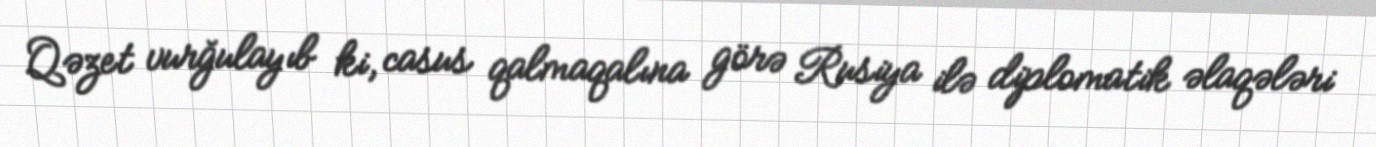
Qəzet vurğulayıb ki, casus qalmaqalına görə Rusiya ilə diplomatik əlaqələri